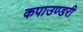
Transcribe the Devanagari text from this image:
कपाउण्डरी